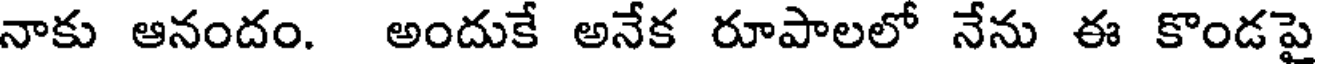
నాకు ఆనందం. అందుకే అనేక రూపాలలో నేను ఈ కొండపై